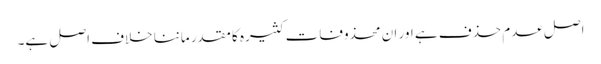
اصل عدم حذف ہے اور ان محذوفات کثیرہ کا مقدر ماننا خلاف اصل ہے۔